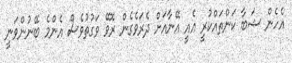
އެހެން ޝަބާ ކަންތައްކުރީ އެއީ އޭނާއަށް ދެރަވެގެން ރޮވޭ ވަގުތުވެސް އެންމެ ބޭނުންވަނީ